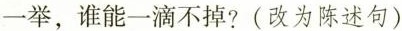
一举，谁能一滴不掉?(改为陈述句)